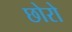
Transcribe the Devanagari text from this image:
छोरो